Annual report on the working of the mental hospitals in the Madras Presidency - 1912-1932
Year: 1912
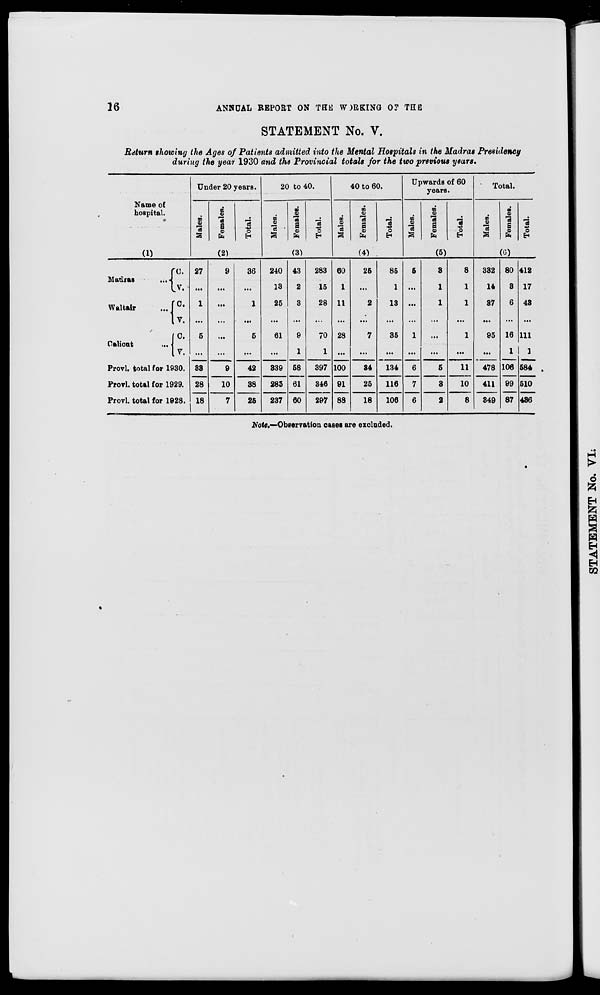
16
ANNUAL REPORT ON THIS WORKING OF THE
STATEMENT No. V.
Return showing the Ages of Patients admitted into the Mental Hospitals in the Madras Presidency
during the year 1930 and the Provincial totals for the two previous years.
Name of
hospital.
(1)
Madras ...
Waltair ...
Calicut
...
C.
V.
C.
V.
C.
V.
Provl. total for 1930.
Provl. total for 1929.
Provl. total for 1928.
Under 20 years.
Males.
Females.
Total.
(2)
27
...
1
...
5
...
33
28
18
9
...
...
...
...
...
9
10
7
36
...
1
...
5
...
42
38
25
20 to 40.
Males.
Females.
Total.
(3)
240
13
25
...
61
...
339
285
237
43
2
3
...
9
1
58
61
60
283
16
28
...
70
1
397
346
297
40 to 60.
Males.
Females.
Total.
(4)
60
1
11
...
28
...
100
91
88
25
...
2
...
7
...
34
25
18
85
1
13
...
35
...
134
116
106
Upwards of 60
years.
Males.
Females.
Total.
(5)
5
...
...
...
1
...
6
7
6
3
1
1
...
...
...
5
3
2
8
1
1
...
1
...
11
10
8
Total.
Males.
Females.
Total.
(6)
332
14
37
...
95
...
478
411
349
80
3
6
...
16
1
106
99
87
412
17
43
...
111
1
584
510
436
Note.—Observation cases are excluded.